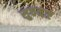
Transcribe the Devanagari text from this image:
सुचनाए